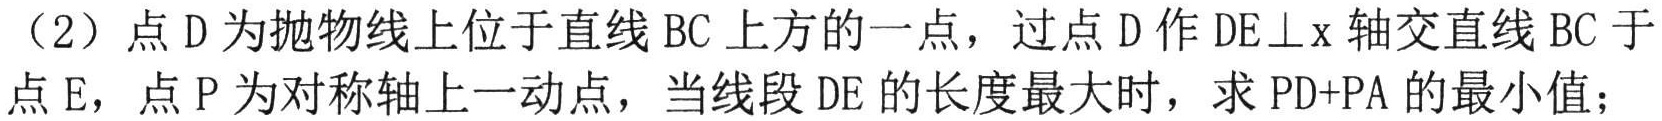
（2）点\(D\)为抛物线上位于直线\(BC\)上方的一点，过点\(D\)作\(DE\perp x\)轴交直线\(BC\)于
点\(E\)，点\(P\)为对称轴上一动点，当线段\(DE\)的长度最大时，求\(PD + PA\)的最小值；